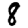
Digit: 8